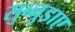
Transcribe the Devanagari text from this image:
सुब्नुडाए